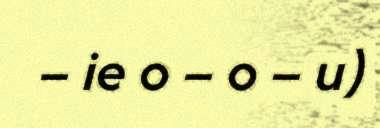
– ie o – o – u)